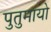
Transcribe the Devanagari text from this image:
पुतुमायो